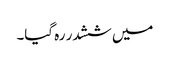
میں ششدر رہ گیا۔